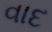
વાદ